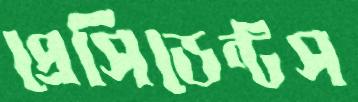
প্রেসিডেন্টস